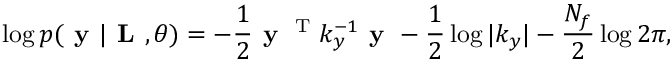
\log p ( \textbf { y } | \textbf { L } , \boldsymbol { \theta } ) = - \frac { 1 } { 2 } \textbf { y } ^ { \textrm { T } } k _ { y } ^ { - 1 } \textbf { y } - \frac { 1 } { 2 } \log | k _ { y } | - \frac { N _ { f } } { 2 } \log 2 \pi ,